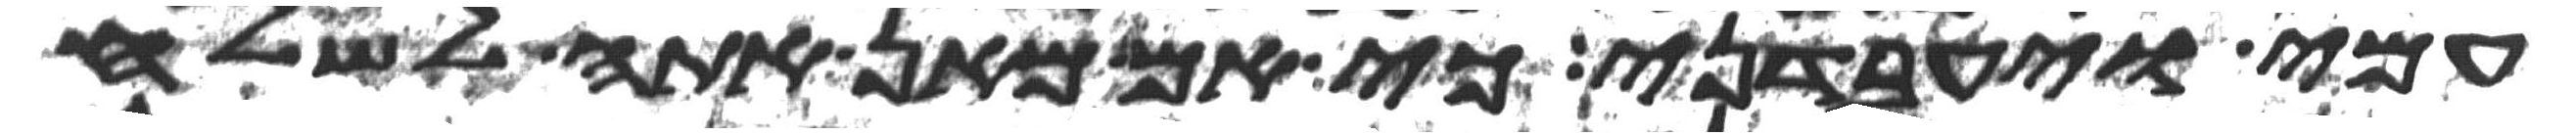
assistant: עמי ויעבדני כי אם מאן אתה לשלח